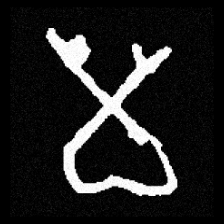
Pyu character \u2014 Myanmar letter: မ (romanized: ma)